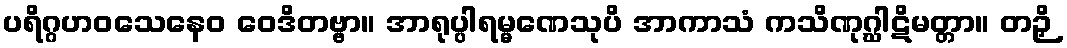
ပရိဂ္ဂဟဝသေနေဝ ဝေဒိတဗ္ဗာ။ အာရုပ္ပါရမ္မဏေသုပိ အာကာသံ ကသိဏုဂ္ဃါဋိမတ္တာ။ တဉှိ